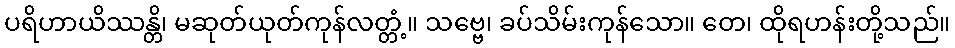
ပရိဟာယိဿန္တိ၊ မဆုတ်ယုတ်ကုန်လတ္တံ့။ သဗ္ဗေ၊ ခပ်သိမ်းကုန်သော။ တေ၊ ထိုရဟန်းတို့သည်။